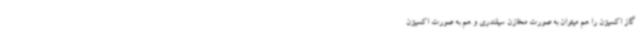
گاز اکسیژن را هم میتوان به صورت مخازن سیلندری و هم به صورت اکسیژن